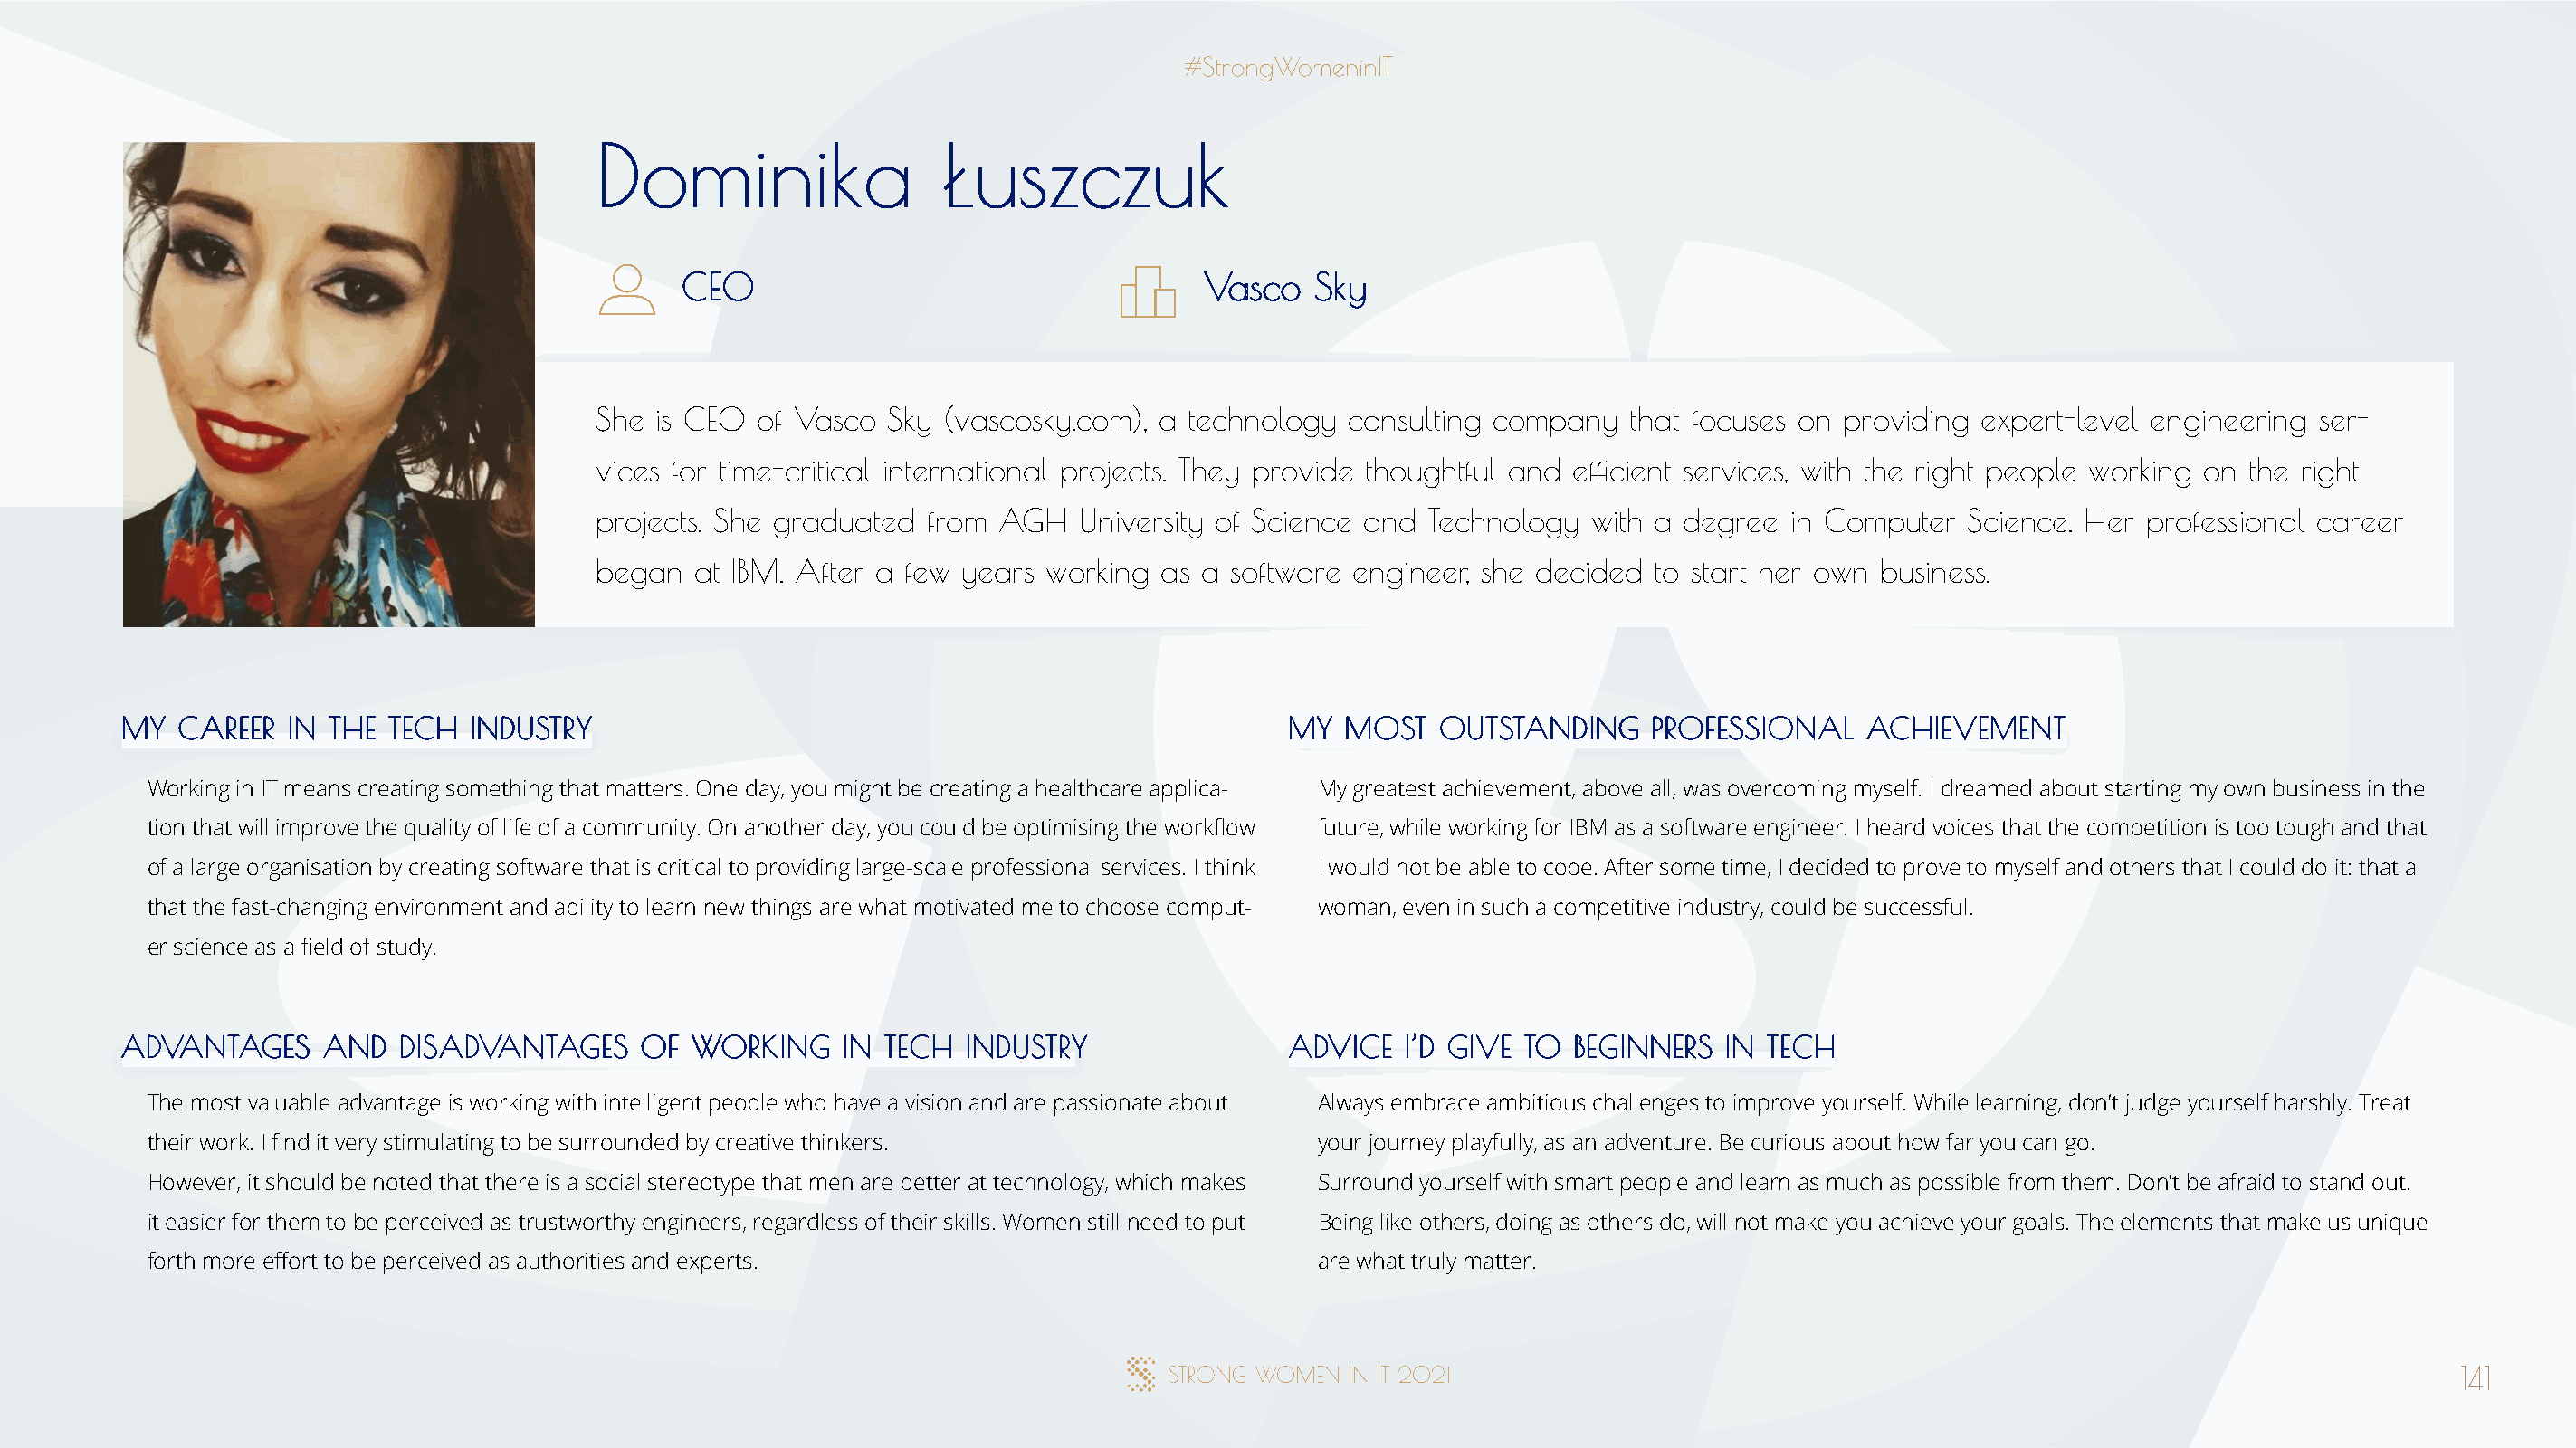
DDoommiinniikkaa         ŁŁuusszzcczzuukk
 CCEEOO                                VVaassccoo SSkkyy
 She is CEO of Vasco  Sky (vascosky.com), a technology  consulting company  that focuses on providing expert-level engineering ser-
 vices for time-critical international projects. They provide thoughtful and efficient services, with the right people working on the right
 projects. She graduated from AGH   University of Science and Technology with a degree  in Computer  Science. Her professional career
 began  at IBM. After a few years working as a software engineer, she decided to start her own business.
 MMYY CCAARREEEERR IINN TTHHEE TTEECCHH IINNDDUUSSTTRRYY                              MMYY MMOOSSTT OOUUTTSSTTAANNDDIINNGG PPRROOFFEESSSSIIOONNAALL AACCHHIIEEVVEEMMEENNTT
 Working in IT means creating something that matters. One day, you might be creating a healthcare applica- My greatest achievement, above all, was overcoming myself. I dreamed about starting my own business in the
 tion that will improve the quality of life of a community. On another day, you could be optimising the workflow future, while working for IBM as a software engineer. I heard voices that the competition is too tough and that
 of a large organisation by creating software that is critical to providing large-scale professional services. I think I would not be able to cope. After some time, I decided to prove to myself and others that I could do it: that a
 that the fast-changing environment and ability to learn new things are what motivated me to choose comput- woman, even in such a competitive industry, could be successful.
 er science as a field of study.
 AADDVVAANNTTAAGGEESS AANNDD DDIISSAADDVVAANNTTAAGGEESS OOFF WWOORRKKIINNGG IINN TTEECCHH IINNDDUUSSTTRRYY AADDVVIICCEE II’’DD GGIIVVEE TTOO BBEEGGIINNNNEERRSS IINN TTEECCHH
 The most valuable advantage is working with intelligent people who have a vision and are passionate about Always embrace ambitious challenges to improve yourself. While learning, don’t judge yourself harshly. Treat
 their work. I find it very stimulating to be surrounded by creative thinkers.        your journey playfully, as an adventure. Be curious about how far you can go.
 However, it should be noted that there is a social stereotype that men are better at technology, which makes Surround yourself with smart people and learn as much as possible from them. Don’t be afraid to stand out.
 it easier for them to be perceived as trustworthy engineers, regardless of their skills. Women still need to put Being like others, doing as others do, will not make you achieve your goals. The elements that make us unique
 forth more effort to be perceived as authorities and experts.                        are what truly matter.
 141